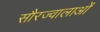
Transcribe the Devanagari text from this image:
सौरज्वालाओं